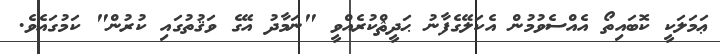
ޢަމަލަކީ ކޮބައިތޯ އެއްސެވުމުން އެކަލޭގެފާނު ޙަދީޘްކުރެއްވީ "ނަމާދު އޭގެ ވަޤުތުގައި ކުރުން" ކަމުގައެވެ.